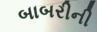
બાબરીની